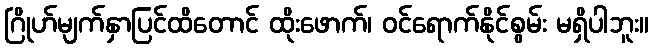
ဂြိုဟ်မျက်နှာပြင်ထိတောင် ထိုးဖောက်၊ ဝင်ရောက်နိုင်စွမ်း မရှိပါဘူး။